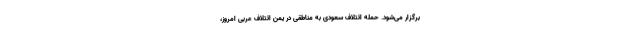
برگزار می‌شود. حمله ائتلاف سعودی به مناطقی در یمن ائتلاف عربی امروز،